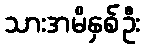
သားအမိနှစ်ဦး